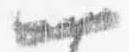
一